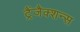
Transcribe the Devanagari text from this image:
ट्रैंजैक्शन्स